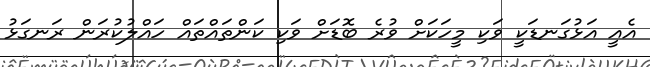
އެއީ އަޅުގަނޑަކީ ވަކި މީހަކަށް ވުރެ ބޮޑަށް ވަކި ކަންތައްތައް ހައްލުކުރަން ރަނގަޅު